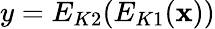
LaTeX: y=E_{K2}(E_{K1}(\mathbf{x}))